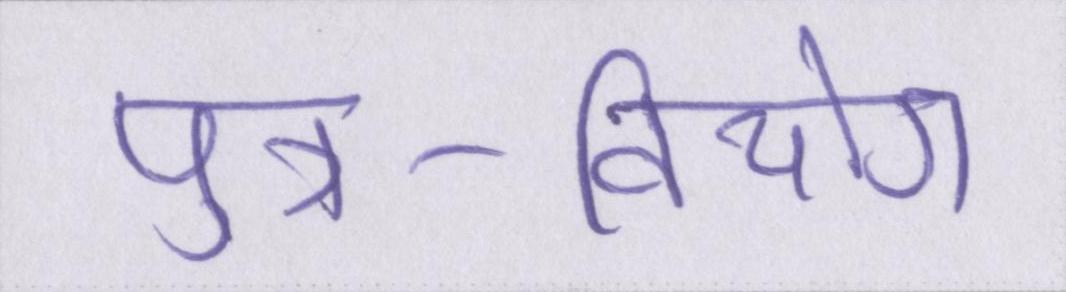
पुत्र-वियोग